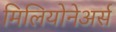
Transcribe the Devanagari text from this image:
मिलियोनेअर्स